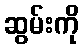
ဆွမ်းကို